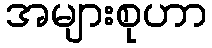
အများစုဟာ